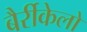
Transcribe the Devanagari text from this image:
बैर्रीकेलो